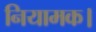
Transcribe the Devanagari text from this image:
नियामक।